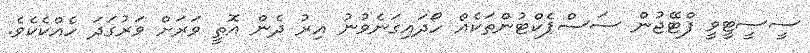
ސީސީޓީވީ ފްޓޭޖުން ސަސްޕެކްޓުންތަކެއް ހޯދައިގަނެވުނު އިރު ދެން އޮތީ ވަރަށް ވަރުގަދަ ހެއްކެކެވެ.